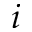
i